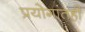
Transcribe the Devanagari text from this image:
प्रयोगांतही